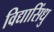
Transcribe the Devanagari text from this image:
विद्यासिंधु